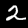
Digit: 2